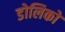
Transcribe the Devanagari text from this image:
डोलिको